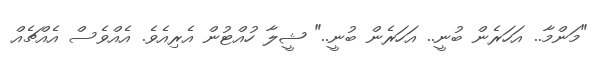
"މަންމާ.. އަހަރެން ބުނީ.. އަހަރެން ބުނީ.." ޝީލާ ހުއްޓުން އެރިއެވެ. އެއްވެސް އެއްޗެއް